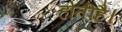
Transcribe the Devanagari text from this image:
होतीहै।